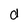
Character: d